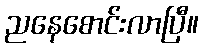
ညနေစောင်းလာပြီ။